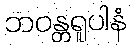
ဘဝန္တရူပါနံ